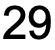
29